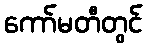
ကော်မတီတွင်